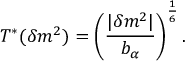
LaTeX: T ^ { * } ( \delta m ^ { 2 } ) = \left( { \frac { | \delta m ^ { 2 } | } { b _ { \alpha } } } \right) ^ { \frac { 1 } { 6 } } .